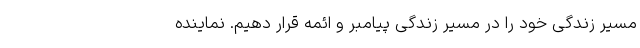
مسیر زندگی خود را در مسیر زندگی پیامبر و ائمه قرار دهیم. نماینده